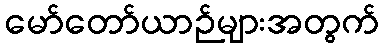
မော်တော်ယာဉ်များအတွက်